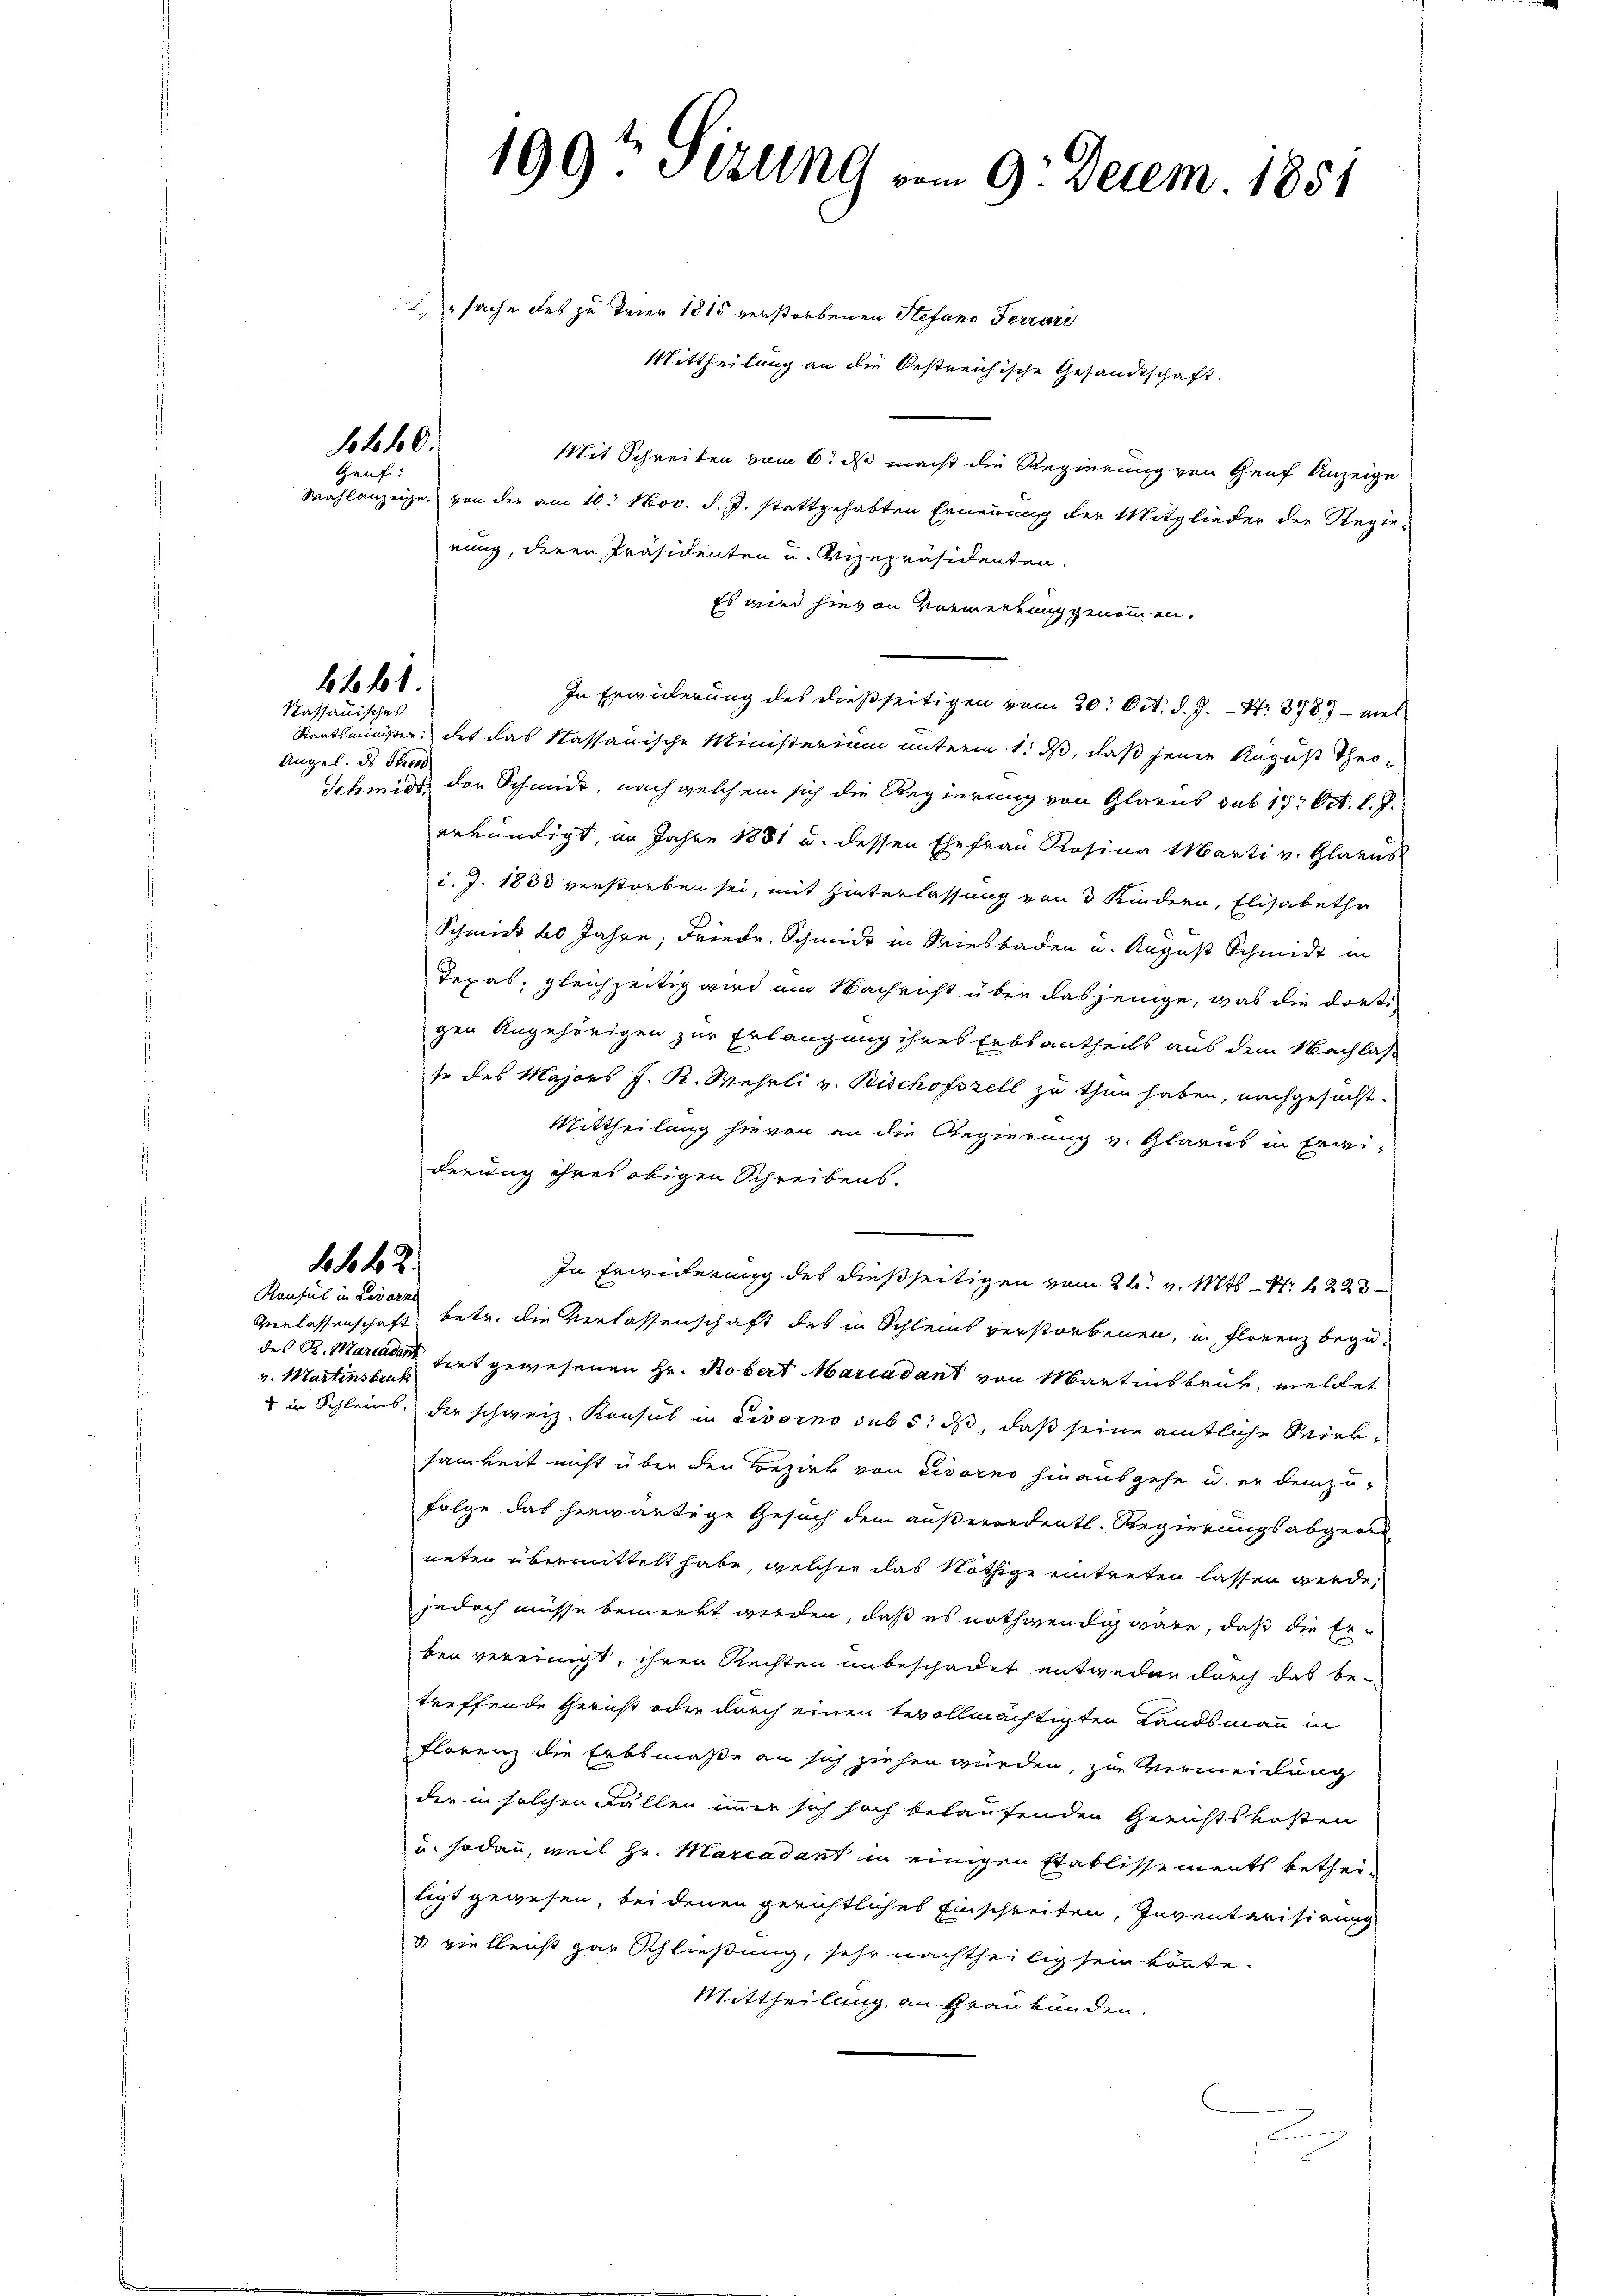
14.10.

Geuf:

6 f. 61.

Kassauisches
Angel. des Strend.

Konsul in Livorne
v. Martinsbruk

199te Sizung vom 9. Decem 1851

sache des zu Trier 1815 verstorbenen Stefano Ferrari
Mittheilung
n die
bestreichische Gesandtschaft.
Mit Schreiben vom 6. ds macht die Regierung von Genf Anzeige
Wahlanzeige, von der am 10. Nov. d. J. stattgehabten Erneuung der Mitglieder der Regie-
nung, deren Präsidenten u. Vizepräsidenten.
Es wird hievon Vormerkung genommen.
In Erwiderung des dießseitigen vom 30. Oct. d. J. N. 3787 - viel
Staatsminister, das das kassauische Ministerium unterm 1. ds, daß jenen August Thei¬
Schmidt, der Schmidt, nach welchem sich die Regierung von Glarus sub 17. Oct. l. J.
erkündigt, im Jahre 1881 u. dessen Ehefrau Rosina Marti v. Glarus
i. J. 1838 verstorben sei, mit Hinterlassung von 3 Kindern, Elisabetha
Schmidt 20 Jahre, Friedr. Schmuck in Riesbaden u. August Schmidt in
Tepas, gleichzeitig wird am Nachricht über dasjenige, was die dortigen Angehörigen zur Erlangung ihres Erbsantheils aus dem Nachlas
te des Majors J. K. Wehrli v. Bischofszell zu thun haben, nachgesucht.
Mittheilung hievon an die Regierung v. Glarus in Erwi-
derung ihres obigen Schreibens.
f 4 x
In Erwiderung des dießseitigen vom 22. v. Mts. S. 1223
Verlassenschaft betr. die Verlassenschaft des in Schleins verstorbenen, in Florenz begüdes R. Marient tent gewesenen Hr. Robert Marcadant von Martinsbruk, meldet
 in Schleins, der schweiz. Konsul in Livorno sub 5. ds, daß seine amtliche Wirksamkeit nicht über den Bezirk von Livorno hinausgehe u. er demzu-
Folge das herwärtige Gesuch dem außerordentl. Regierungsabgeadneten übermittelt habe, welcher das Nöthige eintreten lassen werde,
jedoch müsse bemerkt werden, daß es nothwendig wäre, daß die Erben vereinigt, ihren Rechten unbeschadet entweder durch das be-
treffende Gericht oder durch einen bevollmächtigten Landsmann in
Florenz die Erbsmaße an sich ziehen würden, zur Vermeidung
der in solchen Fällen immer sich hoch belaufenden Gerichtskosten
u. sodann, weil Hr. Marcadant in einigen Stablissements betheiligt gewesen, bei denen gerichtliches Einschreiten, Inventerisirung
& vielleicht gar Schließung, sehr nachtheilig sein könte.
Mittheilung an Graubünden.